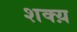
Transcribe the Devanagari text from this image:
शक्य़